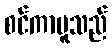
စင်ကာပူသည်